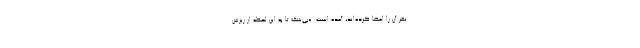
نفر آن را امضا کرده‌اند، آمده است: «بی‌شک تا به این لحظه از ریزش